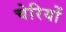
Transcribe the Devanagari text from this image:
चेरियों